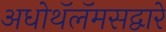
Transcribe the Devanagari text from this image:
अधोथॅलॅमसद्वारे